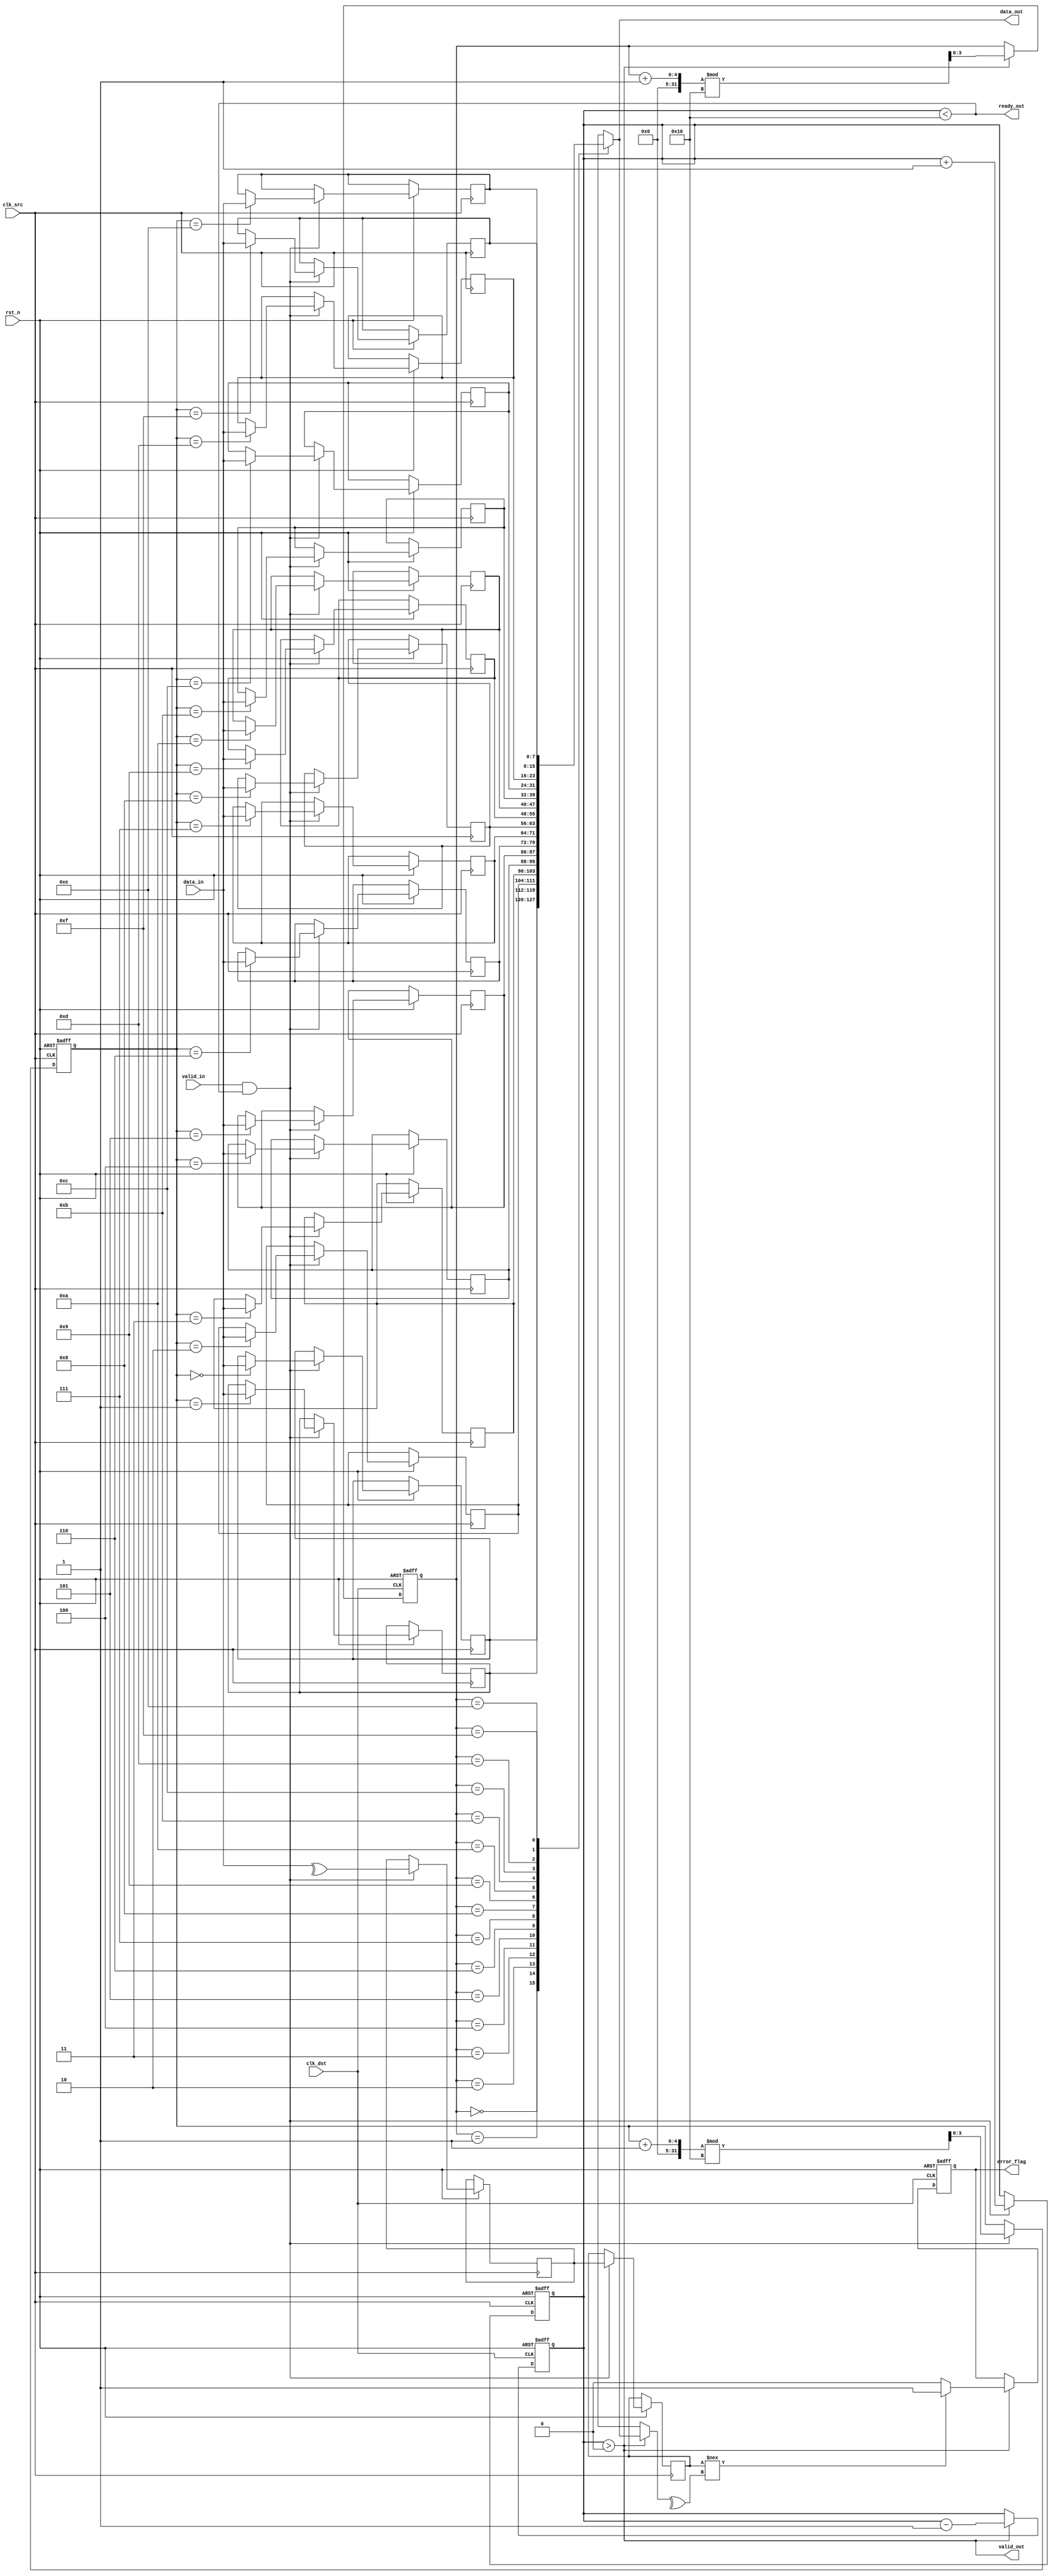
module cdc_memory_block #(
    parameter DATA_WIDTH = 8,
    parameter FIFO_DEPTH = 16
)(
    input  wire clk_src,           // Source clock
    input  wire clk_dst,           // Destination clock
    input  wire rst_n,             // Active low reset
    input  wire [DATA_WIDTH-1:0] data_in, // Data input from source domain
    input  wire valid_in,          // Valid signal for input data
    output wire ready_out,         // Ready signal for source domain
    output wire [DATA_WIDTH-1:0] data_out, // Data output to destination domain
    output wire valid_out,         // Valid signal for output data
    output wire error_flag         // Error detection flag
);

// FIFO buffer
reg [DATA_WIDTH-1:0] fifo_mem [0:FIFO_DEPTH-1];
reg [3:0] write_pointer;
reg [3:0] read_pointer;
reg [3:0] fifo_count;

// Parity bit generation
reg parity_bit;
reg [DATA_WIDTH-1:0] fifo_data;
reg fifo_parity_bit;

// Error detection signal
reg error_detected;

// Handshake signals
assign ready_out = (fifo_count < FIFO_DEPTH);
assign valid_out = (fifo_count > 0);
assign data_out = fifo_mem[read_pointer];

// FIFO write operation
always @(posedge clk_src or negedge rst_n) begin
    if (!rst_n) begin
        write_pointer <= 0;
        fifo_count <= 0;
    end else if (valid_in && ready_out) begin
        fifo_mem[write_pointer] <= data_in;
        fifo_data <= data_in;
        // Calculate parity bit
        parity_bit <= ^data_in;
        fifo_parity_bit <= parity_bit;
        write_pointer <= (write_pointer + 1) % FIFO_DEPTH;
        fifo_count <= fifo_count + 1;
    end
end

// FIFO read operation
always @(posedge clk_dst or negedge rst_n) begin
    if (!rst_n) begin
        read_pointer <= 0;
        fifo_count <= 0;
        error_detected <= 0;
    end else if (valid_out) begin
        // Check for parity error
        if (fifo_parity_bit !== (^fifo_mem[read_pointer])) begin
            error_detected <= 1; // Error detected
        end else begin
            error_detected <= 0; // No error
        end
        read_pointer <= (read_pointer + 1) % FIFO_DEPTH;
        fifo_count <= fifo_count - 1;
    end
end

// Error flag output
assign error_flag = error_detected;

endmodule